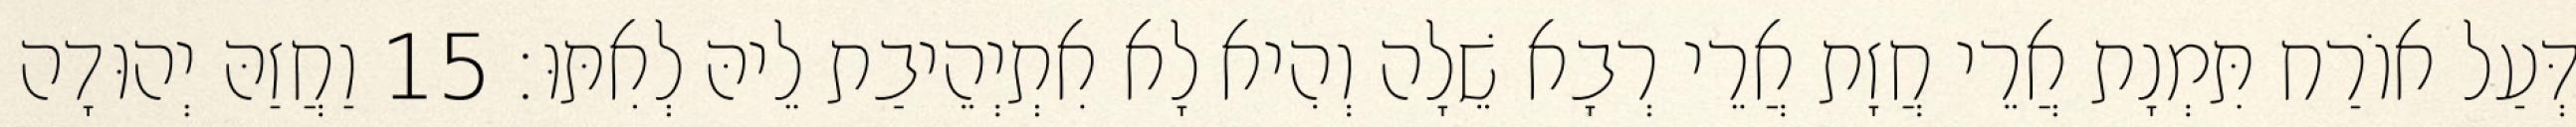
דְּעַל אוֹרַח תִּמְנָת אֲרֵי חֲזָת אֲרֵי רְבָא שֵׁלָה וְהִיא לָא אִתְיְהֵיבַת לֵיהּ לְאִתּוּ׃ 15 וַחֲזַהּ יְהוּדָה